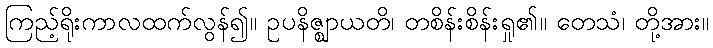
ကြည့်ရိုးကာလထက်လွန်၍။ ဥပနိဇ္ဈာယတိ၊ တစိန်းစိန်းရှု၏။ တေသံ၊ တို့အား။